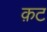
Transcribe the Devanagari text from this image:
क़ट